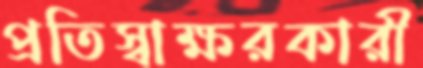
প্রতিস্বাক্ষরকারী